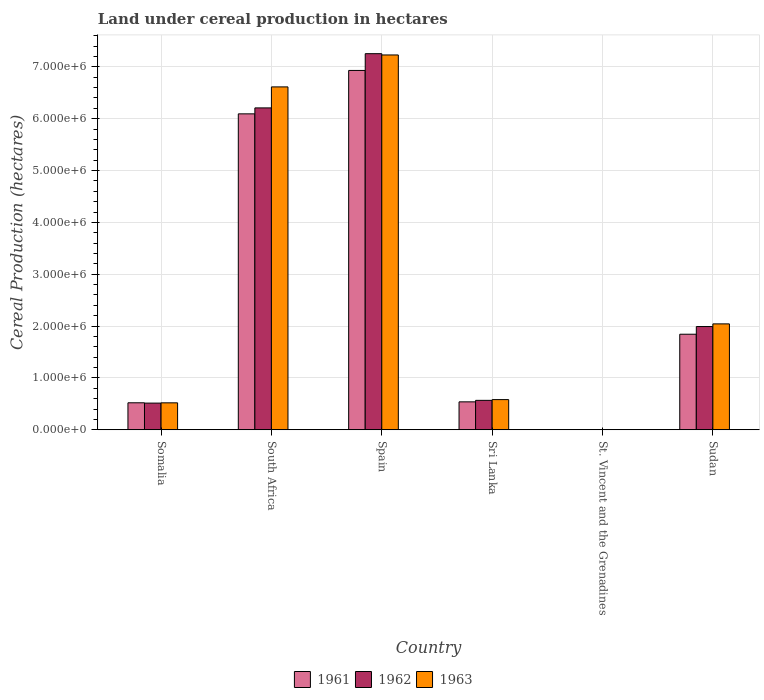
| Country | 1961 | 1962 | 1963 |
 | --- | --- | --- | --- |
 | Somalia | 5.21e+05 | 5.15e+05 | 5.2e+05 |
 | South Africa | 6.09e+06 | 6.21e+06 | 6.61e+06 |
 | Spain | 6.93e+06 | 7.25e+06 | 7.23e+06 |
 | Sri Lanka | 5.39e+05 | 5.68e+05 | 5.82e+05 |
 | St. Vincent and the Grenadines | 100 | 100 | 100 |
 | Sudan | 1.84e+06 | 1.99e+06 | 2.04e+06 |